Annual report on the mental hospital in the Central Provinces and Berar (Nagpur) - 1927-1951
Year: 1927
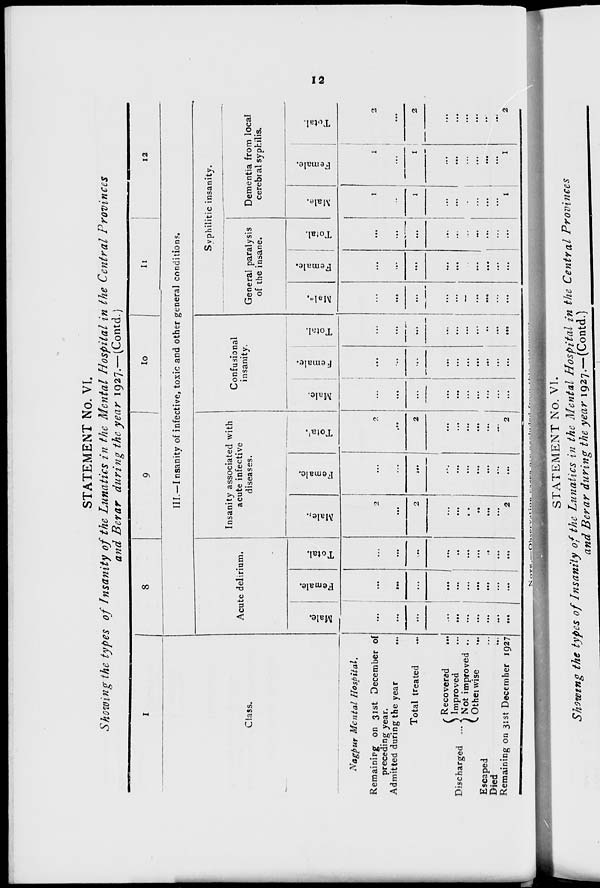
12
STATEMENT No. VI.
Showing the types of Insanity of the Lunatics in the Mental Hospital in the Central Provinces
and Berar during the year 1927.— (Contd.)
1
Class.
Nagpur Mental Hospital.
Remaining on 31st December of
preceding year.
Admitted during the year ...
Total treated ...
Discharged ...
Recovered
...
Improved ...
Not improved ...
Otherwise
...
Escaped ...
Died ...
Remaining on 31st December 1927
8
9
10
11
12
III.—Insanity of infective, toxic and other general conditions.
Acute delirium.
Male.
...
...
...
...
...
...
...
...
...
...
Female.
...
...
...
...
...
...
...
...
...
...
Total.
...
...
...
...
...
...
...
...
...
...
Insanity associated with
acute infective
diseases.
Male.
2
...
2
...
...
...
...
...
...
2
Female.
...
...
...
...
...
...
...
...
...
...
Total.
2
...
2
...
...
...
...
...
...
2
Confusional
insanity.
Male.
...
...
...
...
...
...
...
...
...
...
Female.
...
...
...
...
...
...
...
...
...
...
Total.
...
...
...
...
...
...
...
...
...
...
Syphilitic insanity.
General paralysis
of the insane.
Male.
...
...
...
...
...
...
...
...
...
...
Female.
...
...
...
...
...
...
...
...
...
...
Total.
...
...
...
...
...
...
...
...
...
...
Dementia from local
cerebral syphilis.
Male.
1
...
1
...
...
...
...
...
...
1
Female.
1
...
1
...
...
...
...
...
...
1
Total.
2
...
2
...
...
...
...
...
...
2
NOTE.—Observation
cases
are
excluded
from
this
statement.